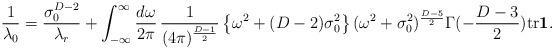
LaTeX: \begin{align*}\frac{1}{\lambda_{0}} = \frac{\sigma_{0}^{D-2}}{\lambda_{r}} + \int_{-\infty}^{\infty}\frac{d\omega}{2\pi} \, \frac{1}{(4\pi)^{\frac{D-1}{2}}} \left\{ \omega^{2}+(D-2)\sigma_{0}^{2} \right\} (\omega^{2}+\sigma_{0}^{2})^{\frac{D-5}{2}} \Gamma(-\frac{D-3}{2}) \mbox{tr}\mbox{\boldmath$1$} . \end{align*}